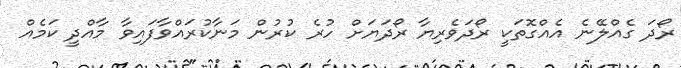
ރޯދަ ގެއްލޭނެ އެއްގޮތަކީ ރޯދަވެރިޔާ ރޯދަޔަށް ހުރެ ކުރުން މަނާކުރައްވާފައިވާ މާއްދީ ކަމެއް